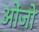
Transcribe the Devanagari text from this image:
ओंजो